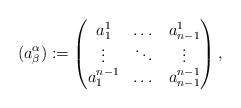
\begin{align*} (a^\alpha_\beta):= \begin{pmatrix} a^1_1 & \dots & a^1_{n-1} \\ \vdots & \ddots & \vdots \\ a^{n-1}_1 & \dots & a^{n-1}_{n-1} \\ \end{pmatrix},\end{align*}